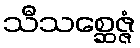
သီသစ္ဆေဇ္ဇံ